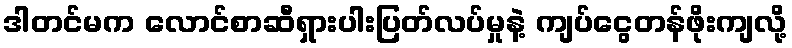
ဒါတင်မက လောင်စာဆီရှားပါးပြတ်လပ်မှုနဲ့ ကျပ်ငွေတန်ဖိုးကျလို့